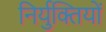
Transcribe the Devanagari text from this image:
निर्युक्तियों